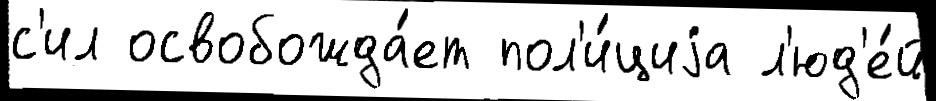
с'ил освобожда́ет пол'и́циjа л'юд'е́й